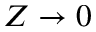
Z \to 0